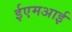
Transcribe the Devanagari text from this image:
ईएमअाई